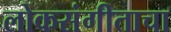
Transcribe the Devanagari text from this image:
लोकसंगीताचा